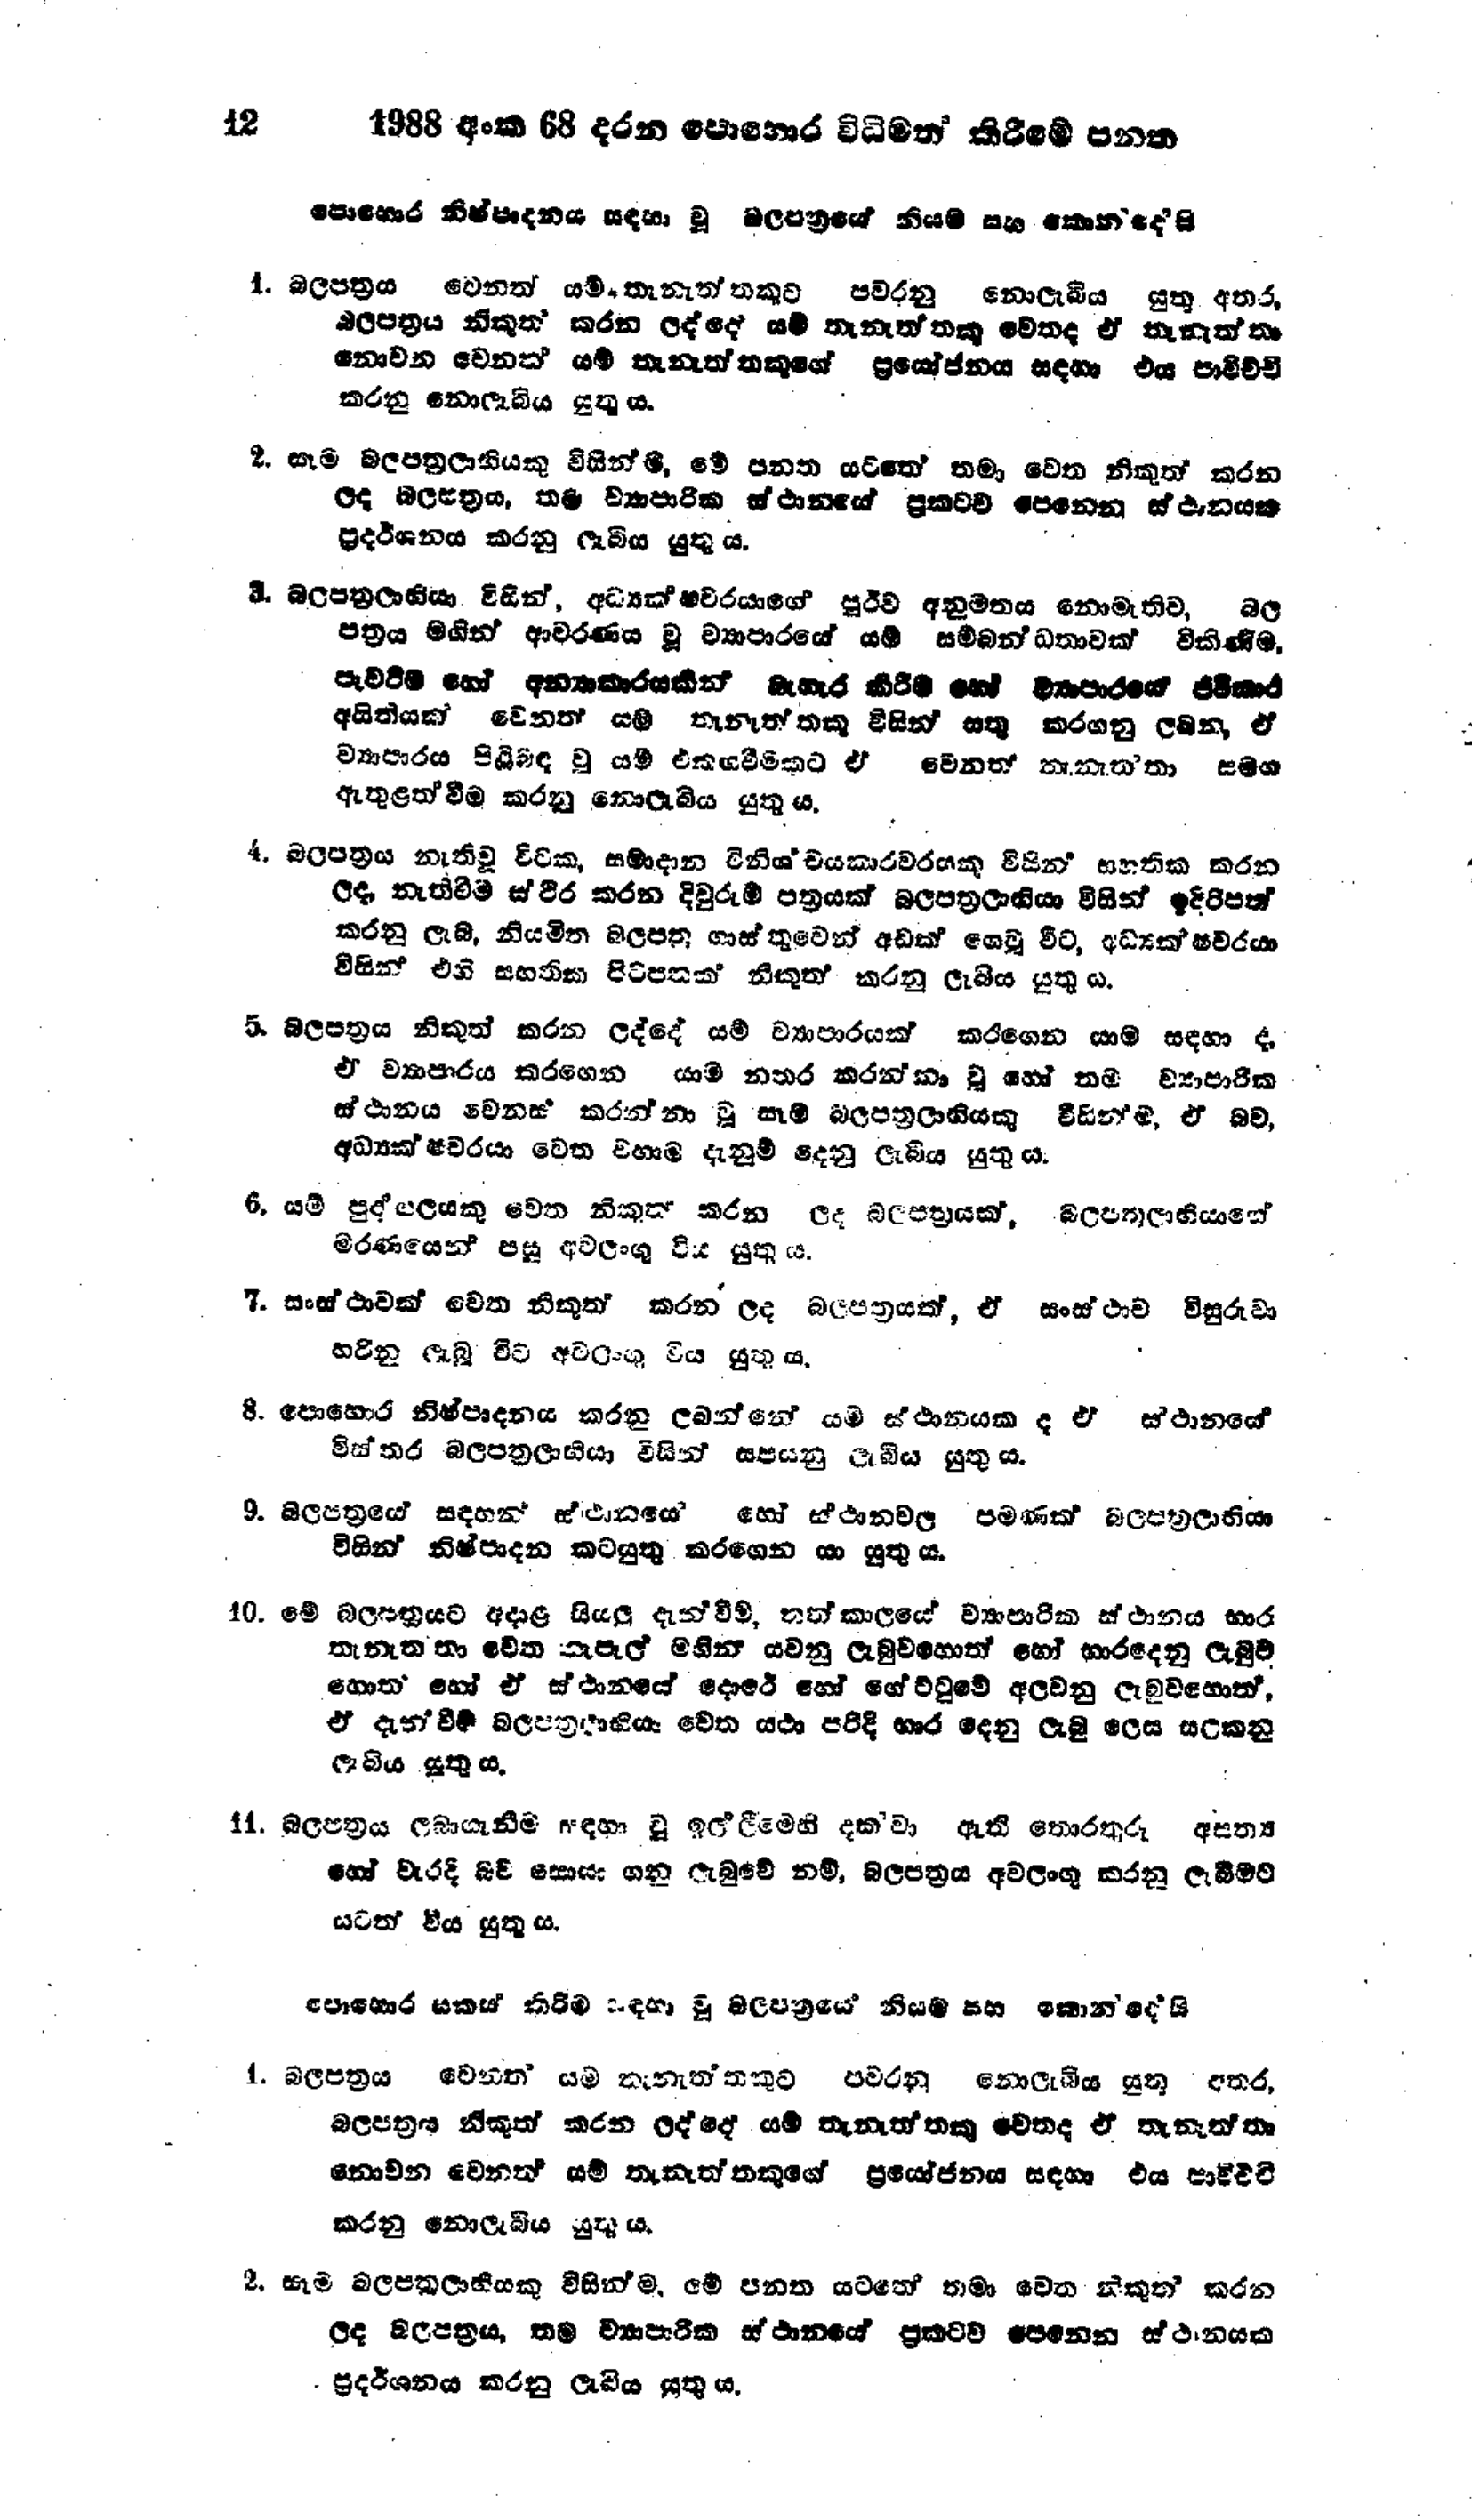
12 1988 අංක 68 දරන පොහොර විධිමත් කිරීමේ පනත

පොහොර නිෂ්පාදනය සඳහා වූ බලපත්‍රයේ නියම සහ කොන්දෙසි

1. බලපත්‍රය වෙනත් යම් තැනැත්තකුට පවරනු නොලැබිය යුතු අතර,
බලපත්‍රය නිකුත් කරන ලද්දේ යම් තැනැත්තකු වෙතද ඒ තැනැත්තා
නොවන වෙනත් යම් තැනැත්තකුගේ ප්‍රයෝජනය සඳහා එය පාවිච්චි
කරනු නොලැබිය යුතු ය.

2. සෑම බලපත්‍රලාභියකු විසින්ම, මේ පනත යටතේ තමා වෙත නිකුත් කරන
ලද බල පත්‍රය, තම ව්‍යාපාරික ස්ථානයේ ප්‍රකටව පෙනෙන ස්ථානයක
ප්‍රදර්ශනය කරනු ලැබිය යුතු ය.

3. බලපත්‍රලාභියා විසින්, අධ්‍යක්ෂවරයාගේ පූර්ව අනුමතය නොමැතිව, බල
පත්‍රය මගින් ආවරණය වූ ව්‍යාපාරයේ යම් සම්බන්ධතාවක් විකිණීම.
පැවරීම හෝ අන්‍යාකාරයකින් බැහැර කිරීම හෝ ව්‍යාපාරයේ ජීවිකාර
අයිතියක් වෙනත් යම් තැනැත්තකු විසින් සතු කරගනු ලබන, ඒ
ව්‍යාපාරය පිළිබඳ වූ යම් එකඟවීමකට ඒ වෙනත් තැනැත්තා සමඟ
ඇතුළත්වීම කරනු නොලැබිය යුතු ය.

4. බලපත්‍රය නැති වූ විටක, සමාදාන විනිශ්චයකාරවරයෙකු විසින් සහතික කරන
ලද, නැතිවීම ස්ථිර කරන දිවුරුම් පත්‍රයක් බලපත්‍ර ලාභියා විසින් ඉදිරිපත්
කරනු ලැබ, නියමිත බලපත්‍ර ගාස්තුවෙන් අඩක් ගෙවූ විට, අධ්‍යක්ෂවරයා
විසින් එහි සහතික පිටපතක් නිකුත් කරනු ලැබිය යුතු ය.

5. බලපත්‍රය නිකුත් කරන ලද්දේ යම් ව්‍යාපාරයක් කරගෙන යාම සඳහා ද,
ඒ ව්‍යාපාරය කරගෙන යාම නතර කරන්නා වූ හෝ තම ව්‍යාපාරික
ස්ථානය වෙනස් කරන්නා වූ සෑම බලපත්‍රලාභියකු විසින් ම, ඒ බව,
අධ්‍යක්ෂවරයා වෙත වහාම දැනුම් දෙනු ලැබිය යුතු ය.

6. යම් පුද්ගලයකු වෙත නිකුත් කරන ලද බලපත්‍රයක්, බලපත්‍රලාභියාගේ
මරණයෙන් පසු අවලංගු විය යුතු ය.

7. සංස්ථාවක් වෙත නිකුත් කරන ලද බලපත්‍රයක්, ඒ සංස්ථාව විසුරුවා
හරිනු ලැබූ විට අවලංගු විය යුතු ය.

8. පොහොර නිෂ්පාදනය කරනු ලබන්නේ යම් ස්ථානයක ද ඒ ස්ථානයේ
විස්තර බලපත්‍රලාභියා විසින් සපයනු ලැබිය යුතු ය.

9. බලපත්‍රයේ සදහන් ස්ථානයේ හෝ ස්ථානවල පමණක් බලපත්‍රලාභියා
විසින් නිෂ්පාදන කටයුතු කරගෙන යා යුතු ය.

10. මේ බලපත්‍රයට අදාළ සියලු දැන්වීම්, තත්කාලයේ ව්‍යාපාරික ස්ථානය භාර
තැනැත්තා වෙත තැපැල් මගින් යවනු ලැබුවහොත් හෝ භාරදෙනු ලැබුව
හොත් හෝ ඒ ස්ථානයේ දොරේ හෝ ගේට්ටුවේ අලවනු ලැබුවහොත්,
ඒ දැන්වීම් බලපත්‍රයාභියා වෙත යථා පරිදි භාර දෙනු ලැබූ ලෙස සලකනු
ලැබිය යුතු ය.

11. බලපත්‍රය ලබාගැනීම සඳහා වූ ඉලලීමෙහි දැක්වා ඇති තොරතුරු අසත්‍ය
හෝ වැරදි බව සොයා ගනු ලැබුවේ නම්, බලපත්‍රය අවලංගු කරනු ලැබීමට
යටත් විය යුතු ය.

පොහොර සකස් කිරීම සඳහා වූ බලපත්‍රයේ නියම සහ කොන්දේසි

1. බලපත්‍රය වෙනත් යම් තැනැත්තකුට පවරනු නොලැබිය යුතු අතර,
බලපත්‍රය නිකුත් කරන ලද්දේ යම් තැනැත්තකු වෙත ද ඒ තැනැත්තා
නොවන වෙනත් යම් තැනැත්තකුගේ ප්‍රයෝජනය සඳහා එය පාවිච්චි
කරනු නොලැබිය යුතු ය.

2.සෑම බලපත්‍රලාභියකු විසින්ම, මේ පනත යටතේ තමා වෙත නිකුත් කරන
ලද බලපත්‍රය, තම ව්‍යාපාරික ස්ථානයේ ප්‍රකටව පෙනෙන ස්ථානයක
ප්‍රදර්ශනය කරනු ලැබිය යුතු ය.